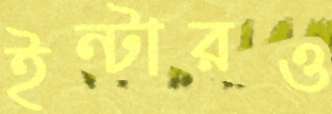
ইন্টারও